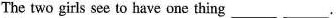
The two girls see to have one thing___ ___.